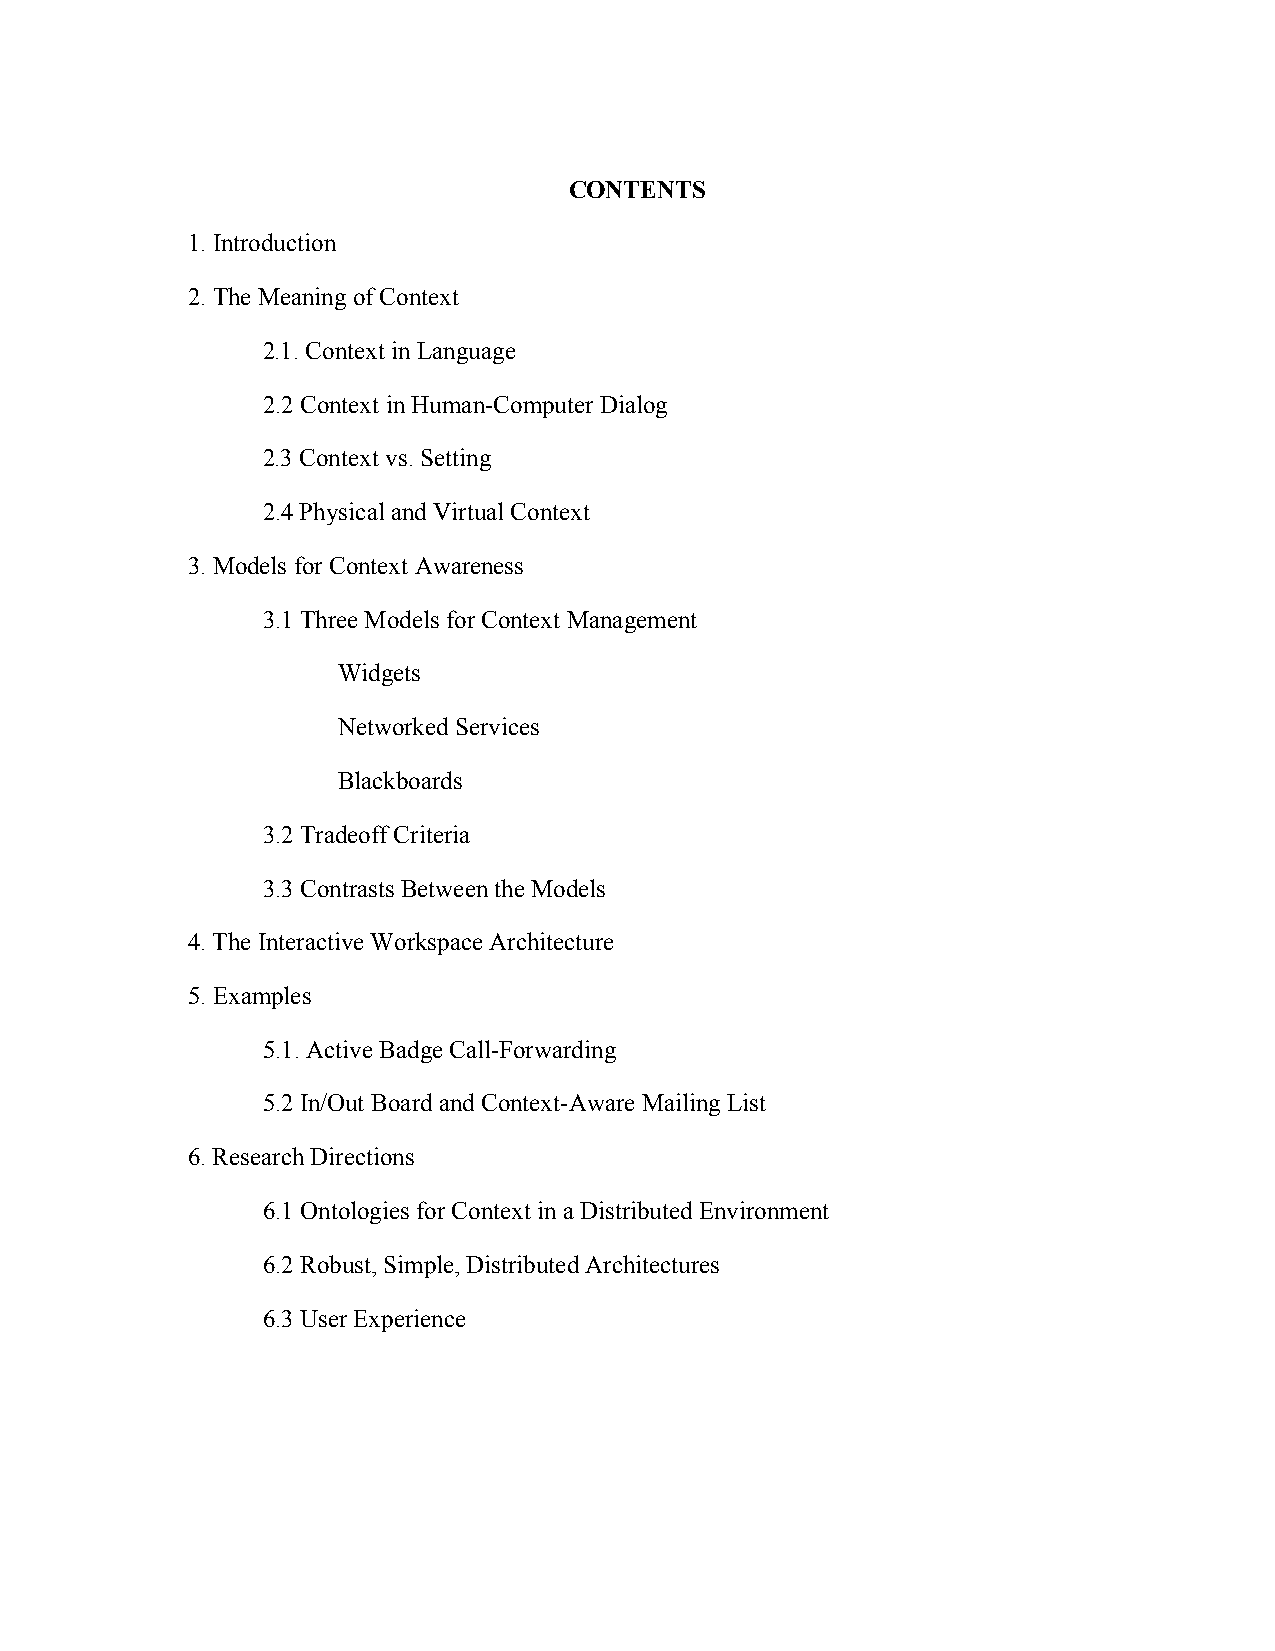
CONTENTS
 1. Introduction
 2. The Meaning of Context
 2.1. Context in Language
 2.2 Context in Human-Computer Dialog
 2.3 Context vs. Setting
 2.4 Physical and Virtual Context
 3. Models for Context Awareness
 3.1 Three Models for Context Management
 Widgets
 Networked Services
 Blackboards
 3.2 Tradeoff Criteria
 3.3 Contrasts Between the Models
 4. The Interactive Workspace Architecture
 5. Examples
 5.1. Active Badge Call-Forwarding
 5.2 In/Out Board and Context-Aware Mailing List
 6. Research Directions
 6.1 Ontologies for Context in a Distributed Environment
 6.2 Robust, Simple, Distributed Architectures
 6.3 User Experience